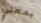
بمعني